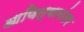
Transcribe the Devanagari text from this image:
आणित्यानंतर